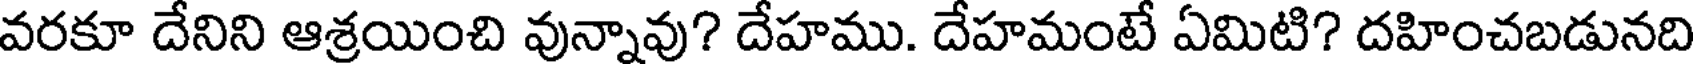
వరకూ దేనిని ఆశ్రయించి వున్నావు? దేహము. దేహమంటే ఏమిటి? దహించబడునది